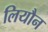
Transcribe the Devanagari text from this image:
लियौन